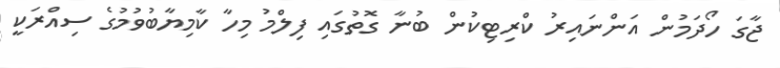
ޖާގަ ހޯދަމުން އަންނައިރު ކްރިޓިކުން ބުނާ ގޮތުގައި ފިލްމު މިހާ ކާމިޔާބުވުމުގެ ސިއްރަކީ